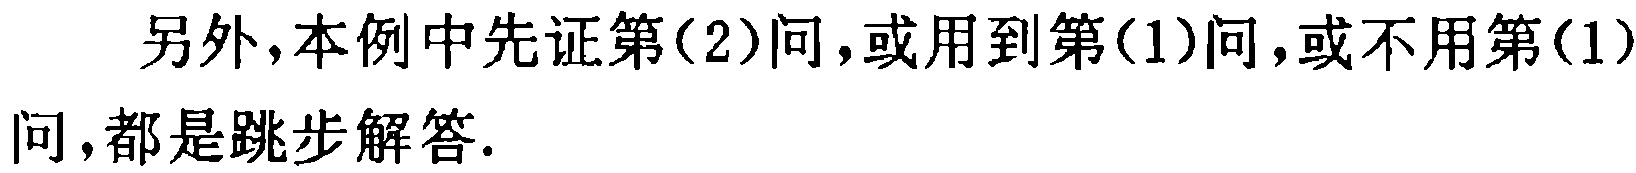
另外,本例中先证第(2)问,或用到第(1)问,或不用第(1)问,都是跳步解答.